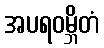
အပရဝမ္ဘိတံ